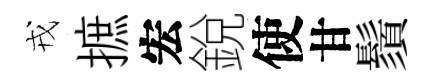
戎摭宏銳使甘鬚